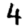
Digit: 4